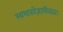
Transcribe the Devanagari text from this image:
स्वभासोद्भासितव्रजः।